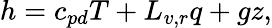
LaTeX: h=c_{pd}T+L_{v,r}q+gz,